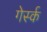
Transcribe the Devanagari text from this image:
गेर्स्क